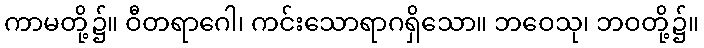
ကာမတို့၌။ ဝီတရာဂေါ၊ ကင်းသောရာဂရှိသော။ ဘဝေသု၊ ဘဝတို့၌။